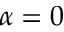
\alpha = 0